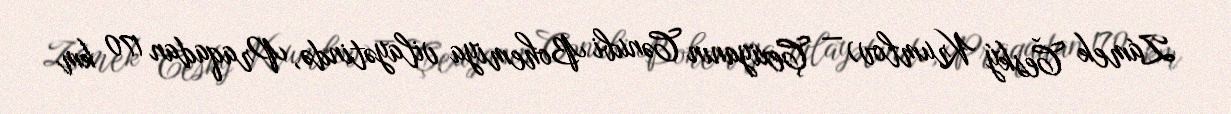
Zámek Český Krumlov) — Çexiyanın Cənubi Bohemiya vilayətində, Praqadan 170 km